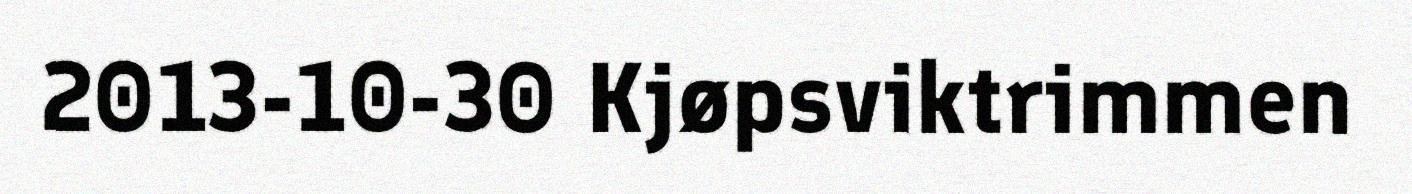
2013-10-30 Kjøpsviktrimmen